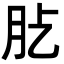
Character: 𦘸